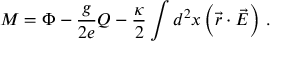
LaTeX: M = \Phi - { \frac { g } { 2 e } } Q - { \frac { \kappa } { 2 } } \int d ^ { 2 } x \left( \vec { r } \cdot \vec { E } \right) \, .